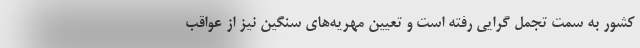
کشور به سمت تجمل گرایی رفته است و تعیین مهریه‌های سنگین نیز از عواقب